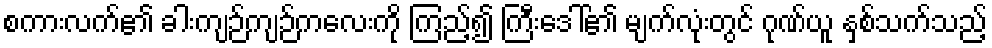
စကားလက်၏ ခါးကျဉ်ကျဉ်ကလေးကို ကြည့်၍ ကြီးဒေါ်၏ မျက်လုံးတွင် ဂုဏ်ယူ နှစ်သက်သည့်